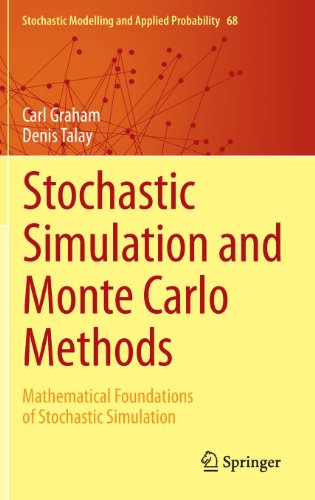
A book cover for Stochastic Simulation and Monte Carlo Methods: Mathematical Foundations of Stochastic Simulation (Stochastic Modelling and Applied Probability); Carl Graham; Science & Math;